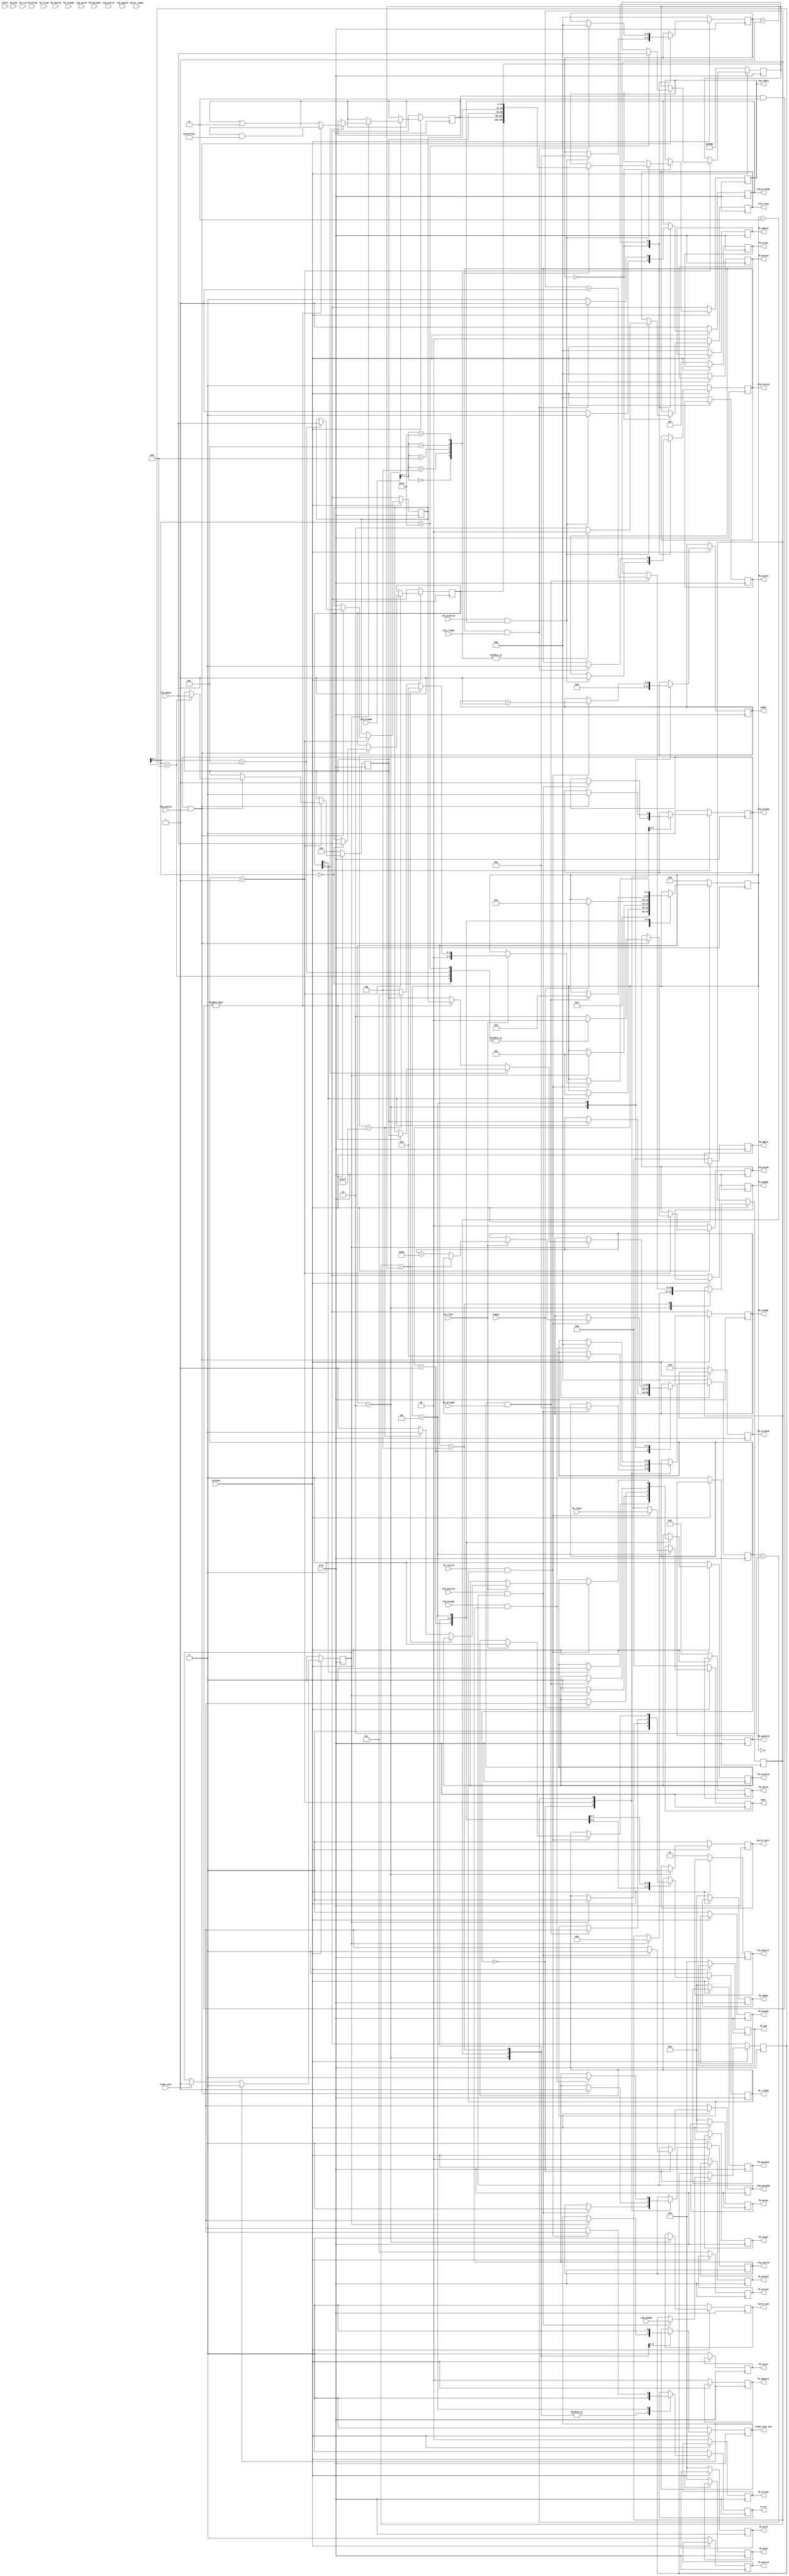
`timescale 1ns / 1ps
//////////////////////////////////////////////////////////////////////////////////
// Company: 
// Engineer: 
// 
// Design Name: 
// Module Name: display_surface
// Project Name: 
// Target Devices: 
// Tool Versions: 
// Description: 
// 
// Dependencies: 
// 
// Revision:
// Revision 0.01 - File Created
// Additional Comments:
// 
//////////////////////////////////////////////////////////////////////////////////


module display_surface (
	input              aclk,
	input              aresetn,

	output reg         fb_arvalid,
	output reg         fb_awvalid,
	output reg         fb_bready,
	output reg         fb_rready,
	output reg         fb_wlast,
	output reg         fb_wvalid,
	output reg  [5:0]  fb_arid,
	output reg  [5:0]  fb_awid,
	output reg  [5:0]  fb_wid,
	output reg  [1:0]  fb_arburst,
	output reg  [1:0]  fb_arlock,
	output reg  [2:0]  fb_arsize,
	output reg  [1:0]  fb_awburst,
	output reg  [1:0]  fb_awlock,
	output reg  [2:0]  fb_awsize,
	output reg  [2:0]  fb_arprot,
	output reg  [2:0]  fb_awprot,
	output reg  [31:0] fb_araddr,
	output reg  [31:0] fb_awaddr,
	output reg  [63:0] fb_wdata,
	output reg  [3:0]  fb_arcache,
	output reg  [3:0]  fb_arlen,
	output reg  [3:0]  fb_arqos,
	output reg  [3:0]  fb_awcache,
	output reg  [3:0]  fb_awlen,
	output reg  [3:0]  fb_awqos,
	output reg  [7:0]  fb_wstrb,
	input              fb_arready,
	input              fb_awready,
	input              fb_bvalid,
	input              fb_rlast,
	input              fb_rvalid,
	input              fb_wready,
	input       [5:0]  fb_bid,
	input       [5:0]  fb_rid,
	input       [1:0]  fb_bresp,
	input       [1:0]  fb_rresp,
	input       [63:0] fb_rdata,

	input              cfg_arvalid,
	input       [2:0]  cfg_arprot,
	input       [31:0] cfg_araddr,
	input              cfg_awvalid,
	input              cfg_bready,
	input              cfg_rready,
	input       [2:0]  cfg_awprot,
	input       [31:0] cfg_awaddr,
	input       [31:0] cfg_wdata,
	input              cfg_wvalid,
	input       [3:0]  cfg_wstrb,
	output reg         cfg_arready,
	output reg         cfg_awready,
	output reg         cfg_wready,
	output reg         cfg_bvalid,
	output reg  [1:0]  cfg_bresp,
	output reg  [1:0]  cfg_rresp,
	output reg         cfg_rvalid,
	output reg  [31:0] cfg_rdata,

	input              wfull,
	input              rempty,
	output reg  [8:0]  waddr,
	output reg  [63:0] dout,
	output reg         wr_en,

	input              frame_sync,
	output reg         frame_sync_ack,

	output reg         burst_start,
	output reg         burst_end,

	input              burst_ready
);


	parameter burst_len = 16;

	reg [31:0] cfg_awaddr_buf; 

	reg [31:0] fb_cfg; 

	`define FB_CFG_EN    0
	`define FB_CFG_IRQEN 1
	`define FB_CFG_FLIP  2
	`define FB_CFG_FBSEL 3


	reg frame_sync_pending;

	reg burst_active;

	reg  [8:0]  waddr_buf;

	reg [31:0] fb_status; 

	reg [31:0] fb_base0;

	reg [31:0] fb_base1;

	reg [31:0] fb_dim;

	wire [15:0] screen_width;
	wire [15:0] screen_height;

	assign screen_width  = fb_dim[15:0];
	assign screen_height = fb_dim[31:16];

	reg [31:0] fb_area;

	reg [63:0] dout_buf;
	reg        wr_en_buf;

	reg [20:0] rd_issue_count;

	reg [4:0] fb_state;

	`define STATE_RESET      0 
	`define STATE_IDLE       1 
	`define STATE_FLIP       2
	`define STATE_BLOCK_IDLE 3 
	`define STATE_FILL_START 4 
	`define STATE_FILL       5

	always @(posedge aclk) begin
		if(~aresetn) begin
			frame_sync_pending <= 0;
		end else begin
			if (frame_sync_ack)
				frame_sync_pending <= 0;
			else if(frame_sync)
				frame_sync_pending <= 1;
		end
	end

	always @(posedge aclk) begin
		if(~aresetn) begin
			fb_arvalid <= 0;
			fb_awvalid <= 0;
			fb_bready  <= 0;
			fb_rready  <= 0;
			fb_wlast   <= 0;
			fb_wvalid  <= 0;
			fb_arid    <= 0;
			fb_awid    <= 0;
			fb_wid     <= 0;
			fb_arburst <= 2'b01;
			fb_arlock  <= 0;
			fb_arsize  <= 3'b011;
			fb_awburst <= 0;
			fb_awlock  <= 0;
			fb_awsize  <= 0;
			fb_arprot  <= 0;
			fb_awprot  <= 0;
			fb_araddr  <= 0;
			fb_awaddr  <= 0;
			fb_wdata   <= 0;
			fb_arcache <= 4'b0011;
			fb_arlen   <= burst_len - 1;
			fb_arqos   <= 0;
			fb_awcache <= 0;
			fb_awlen   <= 0;
			fb_awqos   <= 0;
			fb_wstrb   <= 0;

			fb_state   <= `STATE_RESET;

			fb_status  <= 0; 

			dout       <= 0;
			dout_buf   <= 0;

			frame_sync_ack <= 0;

			wr_en        <= 0;
			wr_en_buf    <= 0;

			burst_start  <= 0;
			burst_end    <= 0;
			burst_active <= 0;

		end else begin


			case(fb_state)

			`STATE_RESET: begin
				fb_state <= `STATE_IDLE;
			end

			`STATE_IDLE: begin
				if(fb_cfg[`FB_CFG_EN]) begin
					fb_araddr  <= fb_base0;
					fb_arvalid <= 0;
					fb_state   <= `STATE_BLOCK_IDLE;
				end

				fb_rready  <= 0;
			end

			`STATE_FLIP: begin
				wr_en       <= 0;
				burst_start <= 0;
				burst_end   <= 0;
				waddr       <= 0;

				if(frame_sync_pending) begin
					if(fb_cfg[`FB_CFG_FLIP]) begin
						if(fb_status & `FB_CFG_FBSEL) begin
							fb_status <= fb_status & ~`FB_CFG_FBSEL;
							fb_araddr <= fb_base0;
						end else begin
							fb_status <= fb_status |  `FB_CFG_FBSEL;
							fb_araddr <= fb_base1;
						end
					end else begin
						fb_araddr <= (fb_status & `FB_CFG_FBSEL) ? fb_base1 : fb_base0; 
					end

					fb_rready      <= 0;
					fb_arvalid     <= 0;
					fb_state       <= `STATE_BLOCK_IDLE;
					rd_issue_count <= 0;
					frame_sync_ack <= 1;
				end
			end

			`STATE_BLOCK_IDLE: begin
				frame_sync_ack <= 0;
				wr_en      <= 0;

				if(rempty) begin
					fb_state   <= `STATE_FILL_START;
					fb_arvalid <= 1;
				end
			end

			`STATE_FILL_START: begin
				wr_en   <= 0;

				if(fb_arvalid & fb_arready) begin
					fb_arvalid     <= 0;
					fb_rready      <= 1;
					rd_issue_count <= rd_issue_count + 1;
					fb_state       <= `STATE_FILL;
				end
			end

			`STATE_FILL: begin
				if(fb_rvalid & fb_rready) begin
					waddr <= waddr + 1;
					wr_en <= 1;
					dout  <= fb_rdata;

					if(fb_rlast) begin
						fb_rready  <= 0;

						if(rd_issue_count == fb_dim) begin
							fb_state   <= `STATE_FLIP;
						end else begin
							fb_araddr  <= fb_araddr + (burst_len * 8);

							if(waddr == 511) begin
								fb_arvalid <= 0;
								fb_state   <= `STATE_BLOCK_IDLE;
							end else begin
								fb_arvalid <= 1;
								fb_state   <= `STATE_FILL_START;
							end
						end
					end
				end else begin
					wr_en <= 0;
					dout  <= 0;
				end
			end

			endcase
		end
	end

	reg [2:0] cfg_rstate;
	`define RD_IDLE   0
	`define RD_OUTPUT 1

	reg [2:0] cfg_wstate;
	`define WR_IDLE 0
	`define WR_WAIT 1
	`define WR_RESP 2

	always @(posedge aclk) begin
		if(~aresetn) begin
			cfg_arready <= 1;
			cfg_awready <= 1;
			cfg_bvalid  <= 0;
			cfg_rvalid  <= 0;
			cfg_wready  <= 0;
			cfg_bresp   <= 0;
			cfg_rresp   <= 0;
			cfg_rdata   <= 0;

			cfg_rstate  <= `RD_IDLE;
			cfg_wstate  <= `WR_IDLE;

			cfg_awaddr_buf <= 0;

			fb_cfg      <= 0;
			fb_dim      <= 9600;
			fb_area     <= 480 * 640 * 4;
			fb_base0    <= 0;
			fb_base1    <= 0;
		end else begin


			case(cfg_rstate)
			`RD_IDLE: begin
				cfg_arready <= 1;

				if(cfg_arvalid & cfg_arready) begin
					cfg_arready <= 0;
					cfg_rresp   <= 2'b00; //resp(OKAY)
					cfg_rstate  <= `RD_OUTPUT;
					cfg_rvalid  <= 1;

					case(cfg_araddr[7:0])
					8'h00: 
						cfg_rdata <= fb_cfg;
					8'h04:
						cfg_rdata <= fb_status;
					8'h08:
						cfg_rdata <= fb_base0;
					8'h0c:
						cfg_rdata <= fb_base1;
					8'h10:
						cfg_rdata <= fb_dim;
						
					default: begin
						cfg_rresp  <= 2'b10; //Address invalid - resp(SLVERR)
						cfg_rvalid <= 1;
					end

					endcase
				end

			end

			`RD_OUTPUT: begin
				cfg_arready <= 0;

				if(cfg_rvalid & cfg_rready) begin
					cfg_arready <= 1;
					cfg_rstate  <= `RD_IDLE;
					cfg_rvalid  <= 0;
				end
			end

			endcase

			case(cfg_wstate)
			`WR_IDLE: begin
				cfg_awready <= 1;

				if(cfg_awvalid & cfg_awready) begin
					cfg_awready <= 0;
					cfg_wready  <= 1;
					cfg_wstate  <= `WR_WAIT;
					cfg_bvalid  <= 0;

					cfg_awaddr_buf <= cfg_awaddr;

				end
			end


			`WR_WAIT: begin
				if(cfg_wready & cfg_wvalid) begin
					cfg_bresp   <= 2'b00; //resp(OKAY)
					cfg_wstate  <= `WR_RESP;
					cfg_wready  <= 0;
					cfg_bvalid  <= 1;

					case(cfg_awaddr_buf[7:0])
					8'h00: 
						fb_cfg   <= cfg_wdata;
					8'h08:
						fb_base0 <= cfg_wdata;
					8'h0c:
						fb_base1 <= cfg_wdata;
					8'h10: begin
						fb_dim   <= cfg_wdata;
				//		fb_area   =#10 (screen_width * screen_height * 4)/(burst_len * 2);
					end
						
					default:
						cfg_bresp <= 2'b10; //Address invalid - resp(SLVERR)
					
					endcase
			
				end
			end

			`WR_RESP: begin
				if(cfg_bready & cfg_bvalid) begin
					cfg_bvalid  <= 0;
					cfg_wstate  <= `WR_IDLE;
				end
			end

			endcase

		end
	end

endmodule